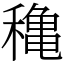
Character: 穐